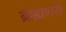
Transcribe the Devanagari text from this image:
ब्राह्मणसे